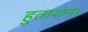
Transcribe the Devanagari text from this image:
हुताशन।